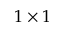
1 \times 1